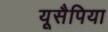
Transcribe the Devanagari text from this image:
यूसैपिया